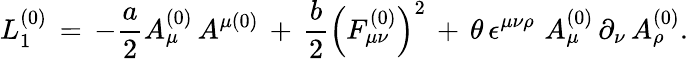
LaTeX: L_{1}^{\left(0\right)}\, =\, -\frac{a}{2}A_{\mu}^{\left(0\right)}\, A^{\mu\left(0\right)}\, +\, \frac{b}{2}\left(F_{\mu\nu}^{\left(0\right)}\right)^{2}\, +\, \theta\, \epsilon^{\mu\nu\rho}\, \, A_{\mu}^{\left(0\right)}\, \partial_{\nu}\, A_{\rho}^{\left(0\right)}.